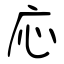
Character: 応